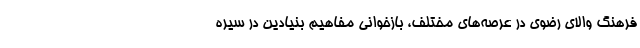
فرهنگ والای رضوی در عرصه‌های مختلف، بازخوانی مفاهیم بنیادین در سیره